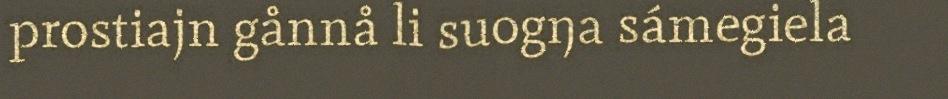
prostiajn gånnå li suogŋa sámegiela